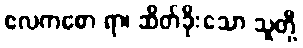
ဧလကစော ရာ၊ ဆိတ်ခိုးသော သူတို့